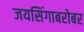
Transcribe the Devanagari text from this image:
जयसिंगाबरोबर